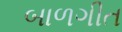
બાળગીત